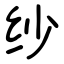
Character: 纱